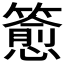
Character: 𬕷